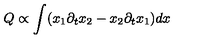
Q \propto \int ( x _ { 1 } \partial _ { t } x _ { 2 } - x _ { 2 } \partial _ { t } x _ { 1 } ) d x